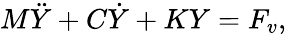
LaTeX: M\ddot{Y}+C\dot{Y}+KY={F_{v}},